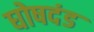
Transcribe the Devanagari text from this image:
घोषदंड